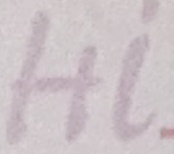
Hi